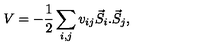
V = - \frac { 1 } { 2 } \sum _ { i , j } v _ { i j } \vec { S } _ { i } . \vec { S } _ { j } ,